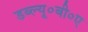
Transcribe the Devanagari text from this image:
डब्ल्यू०बी०ए